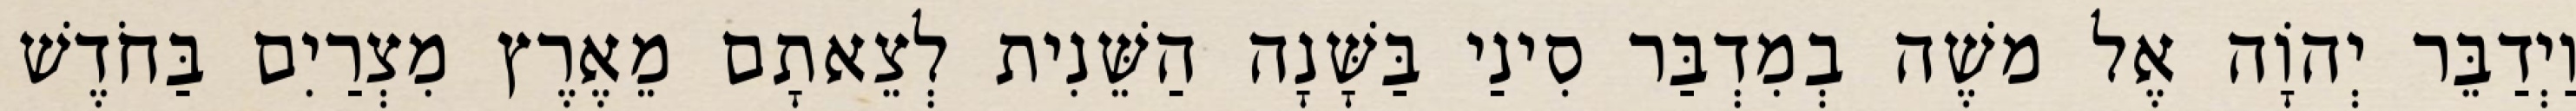
וַיְדַבֵּר יְהוָֹה אֶל משֶׁה בְמִדְבַּר סִינַי בַּשָּׁנָה הַשֵּׁנִית לְצֵאתָם מֵאֶרֶץ מִצְרַיִם בַּחֹדֶשׁ